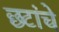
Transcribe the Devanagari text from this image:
छ्टांचे